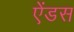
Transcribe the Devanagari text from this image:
ऐंडस